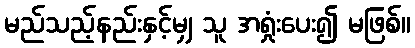
မည်သည့်နည်းနှင့်မျှ သူ အရှုံးပေး၍ မဖြစ်။